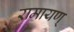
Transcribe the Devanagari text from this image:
रामायण्